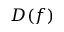
D ( f )